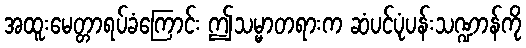
အထူးမေတ္တာရပ်ခံကြောင်း ဤသမ္မာတရားက ဆံပင်ပုံပန်းသဏ္ဍာန်ကို